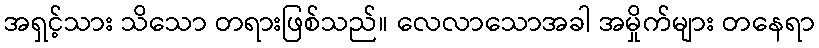
အရှင့်သား သိသော တရားဖြစ်သည်။ လေလာသောအခါ အမှိုက်များ တနေရာ